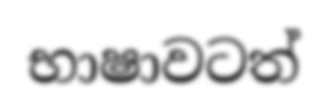
භාෂාවටත්